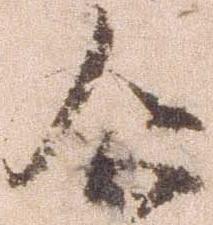
企